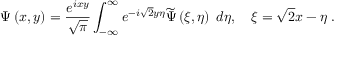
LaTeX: \Psi \left( x , y \right) = \frac { e ^ { i x y } } { \sqrt { \pi } } \int _ { - \infty } ^ { \infty } e ^ { - i \sqrt { 2 } y \eta } \widetilde { \Psi } \left( \xi , \eta \right) \; d \eta , \quad \xi = \sqrt { 2 } x - \eta \; .